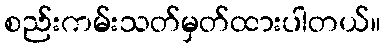
စည်းကမ်းသတ်မှတ်ထားပါတယ်။